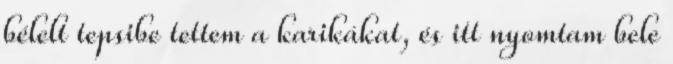
bélelt tepsibe tettem a karikákat, és itt nyomtam bele